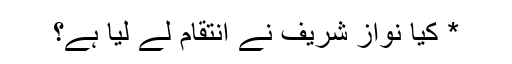
* کیا نواز شریف نے انتقام لے لیا ہے؟